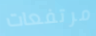
مرتفعات